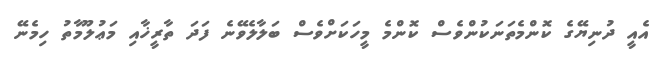
އެއީ ދުނިޔޭގެ ކޮންމެތަނަކުންވެސްް ކޮންމެ މީހަކަށްވެސް ބަލާލެވޭނެ ފަދަ ތާރީޚާއި މަޢުލޫމާތު ހިމެނޭ